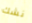
نشك